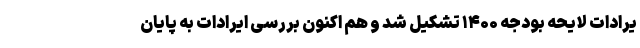
یرادات لایحه بودجه ۱۴۰۰ تشکیل شد و هم اکنون بررسی ایرادات به پایان